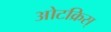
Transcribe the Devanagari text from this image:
ओटक्रिस्